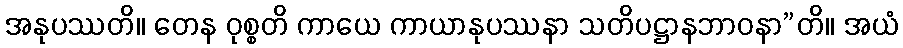
အနုပဿတိ။ တေန ဝုစ္စတိ ကာယေ ကာယာနုပဿနာ သတိပဋ္ဌာနဘာဝနာ”တိ။ အယံ